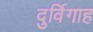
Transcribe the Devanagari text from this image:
दुर्विगाह